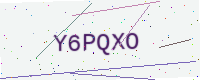
Text: Y6PQXO